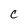
Character: C